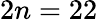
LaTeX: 2n=22